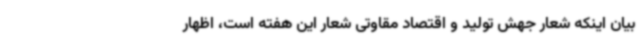
بیان اینکه شعار جهش تولید و اقتصاد مقاوتی شعار این هفته است، اظهار